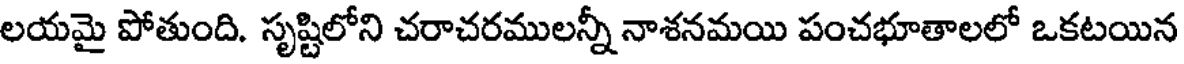
లయమై పోతుంది. సృష్టిలోని చరాచరములన్నీ నాశనమయి పంచభూతాలలో ఒకటయిన